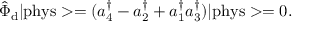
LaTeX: \hat { \Phi } _ { \mathrm { d } } \vert \mathrm { p h y s } > = ( a _ { 4 } ^ { \dagger } - a _ { 2 } ^ { \dagger } + a _ { 1 } ^ { \dagger } a _ { 3 } ^ { \dagger } ) \vert \mathrm { p h y s } > = 0 .